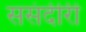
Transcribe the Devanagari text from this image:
ससंदीरी